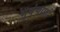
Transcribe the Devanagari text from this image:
भुयंचाफीं